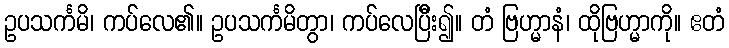
ဥပသင်္ကမိ၊ ကပ်လေ၏။ ဥပသင်္ကမိတွာ၊ ကပ်လေပြီိး၍။ တံ ဗြဟ္မာနံ၊ ထိုဗြဟ္မာကို။ ဧတံ